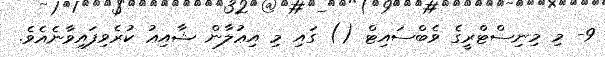
9- މި މިނިސްޓްރީގެ ވެބްސައިޓް () ގައި މި އިޢުލާން ޝާއިޢު ކުރެވިފައިވާނެއެވެ.